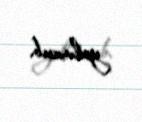
yoluxub.